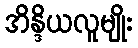
အိန္ဒိယလူမျိုး